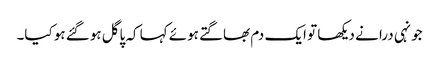
جونہی درا نے دیکھا تو ایک دم بھاگتے ہوئے کہا کہ پاگل ہوگئے ہو کیا۔